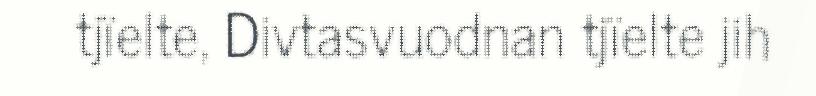
tjïelte, Divtasvuodnan tjïelte jih